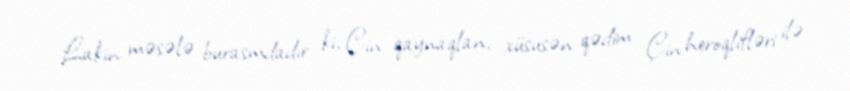
Lakin məsələ burasmdadır ki, Çin qaynaqlan, xüsusən qədim Çin heroqlifləri ilə